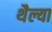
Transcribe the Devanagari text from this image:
थैल्या